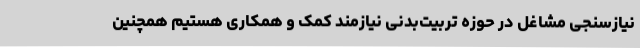
نیازسنجی مشاغل در حوزه تربیت‌بدنی نیازمند کمک و همکاری هستیم همچنین